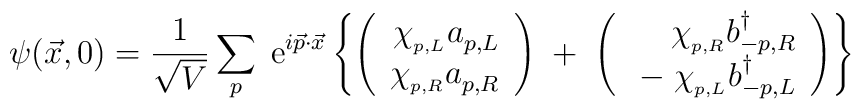
\psi (\vec{x}, 0) = \frac{1}{\sqrt{V}}  \sum_{p}		\; {\rm e}^{i \vec{p} \cdot \vec{x}}		\left\{ \left( \begin{array}{r}			\chi_{_{p,L}} a^{}_{p,L}  \\			\chi_{_{p,R}} a^{}_{p,R} \\			\end{array}\right)  \;+\;                \left( \begin{array}{r}			\chi_{_{p,R}} b^{\dagger}_{-p,R} \\			\;-\;			\chi_{_{p,L}} b^{\dagger}_{-p,L}			\end{array} \right) \right\}